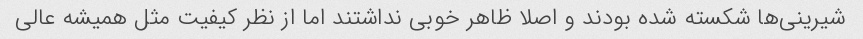
شیرینی‌ها شکسته شده بودند و اصلا ظاهر خوبی نداشتند اما از نظر کیفیت مثل همیشه عالی